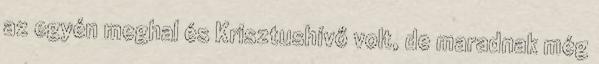
az egyén meghal és Krisztushívő volt, de maradnak még